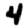
Digit: 4